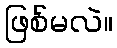
ဖြစ်မလဲ။